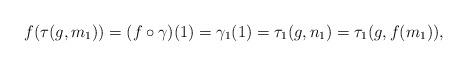
LaTeX: \begin{align*}f(\tau(g,m_1))= (f \circ \gamma)(1)= \gamma_1(1)= \tau_1(g,n_1)= \tau_1(g,f(m_1)),\end{align*}